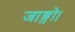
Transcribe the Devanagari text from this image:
जाङ्गो।